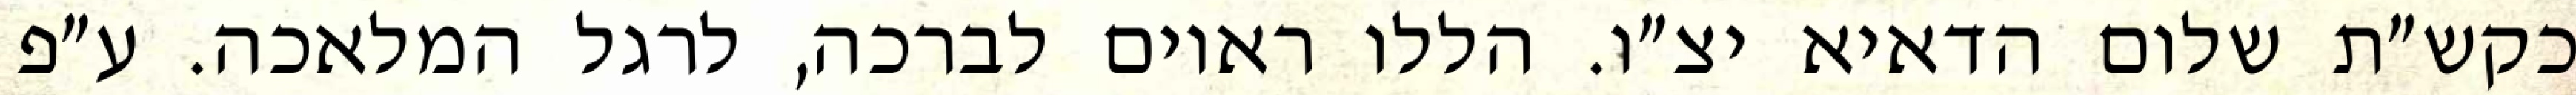
כקש״ת שלום הדאיא יצ״ו. הללו ראוים לברכה, לרגל המלאכה. ע״פ